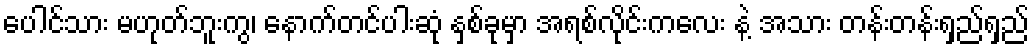
ပေါင်သား မဟုတ်ဘူးကွ၊ နောက်တင်ပါးဆုံ နှစ်ခုမှာ အရစ်လိုင်းကလေး နဲ့ အသား တန်းတန်းရှည်ရှည်